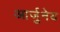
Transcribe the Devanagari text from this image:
आर्जुनेय